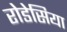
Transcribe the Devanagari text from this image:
रोडेसिया